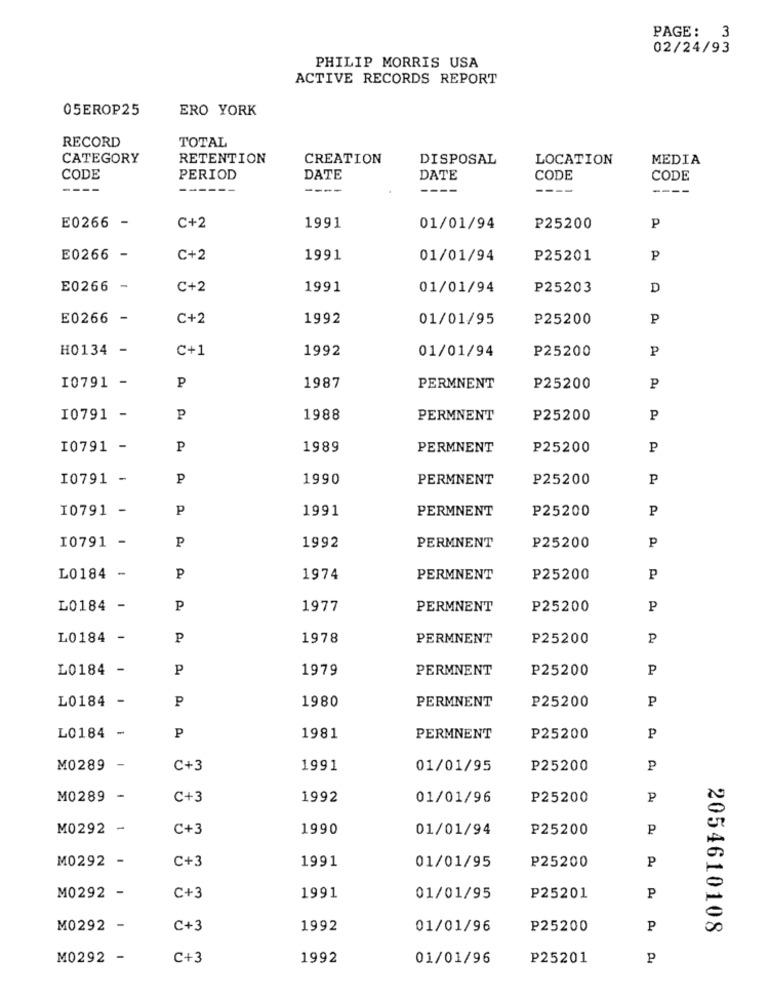
PAGE: 3
02/24/93
PHILIP MORRIS USA
ACTIVE RECORDS REPORT
05EROP25
ERO YORK
RECORD
TOTAL
CATEGORY
RETENTION
CREATION
DISPOSAL
LOCATION
MEDIA
CODE
PERIOD
DATE
DATE
CODE
CODE
----
----
--
----
E0266
C+2
1991
01/01/94
P25200
P
E0266 -
C+2
1991
01/01/94
P25201
P
E0266 -
C+2
1991
01/01/94
P25203
D
E0266 -
C+2
1992
01/01/95
P25200
P
H0134 -
C+1
1992
P
01/01/94
P25200
I0791 -
P
1987
PERMNENT
P25200
P
10791 -
P
1988
PERMNENT
P25200
P
I0791 -
P
1989
PERMNENT
P25200
P
I0791 -
P
1990
PERMNENT
P25200
P
I0791 -
P
1991
PERMNENT
P
P25200
10791 -
P
P
1992
PERMNENT
P25200
L0184 -
P
1974
PERMNENT
P25200
P
L0184 -
P
1977
PERMNENT
P25200
P
L0184 -
P
1978
PERMNENT
P25200
P
L0184 -
P
1979
PERMNENT
P25200
P
L0184 -
P
1980
PERMNENT
P
P25200
L0184 -
P
1981
PERMNENT
P25200
P
M0289 -
C+3
1991
01/01/95
P25200
P
M0289 -
C+3
1992
01/01/96
P25200
P
M0292 -
C+3
1990
01/01/94
P25200
P
A
M0292 -
C+3
P25200
1991
01/01/95
P
M0292 -
C+3
1991
01/01/95
P25201
P
M0292 -
C+3
1992
01/01/96
P25200
P
00
2054610108
M0292 -
C+3
1992
01/01/96
P25201
P